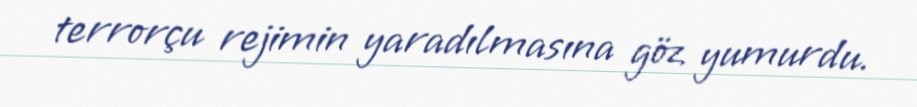
terrorçu rejimin yaradılmasına göz yumurdu.